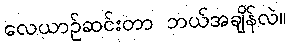
လေယာဉ်ဆင်းတာ ဘယ်အချိန်လဲ။